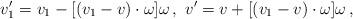
LaTeX: \begin{align*}\begin{aligned}v_1' = v_1 - [ (v_1 - v) \cdot \omega ] \omega \,, \ v' = v + [ (v_1 - v) \cdot \omega ] \omega \,,\end{aligned}\end{align*}